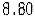
8.80